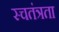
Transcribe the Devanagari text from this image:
स्चतंत्रता